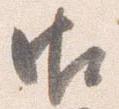
御